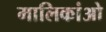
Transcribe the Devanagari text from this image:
मालिकांओ